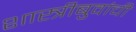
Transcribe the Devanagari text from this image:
शास्त्रीबुवांची